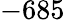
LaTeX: -685